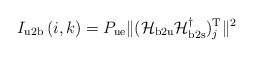
LaTeX: \begin{align*}I_{\mathrm{u2b}} \left( i, k \right) = P_{\mathrm{ue}} \|(\mathcal{H}_{\mathrm{b2u}} \mathcal{H}^{\dagger}_{\mathrm{b2s}})^\mathrm{T}_j \|^{2} \end{align*}